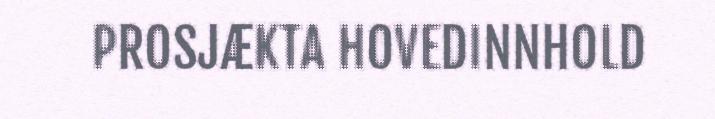
PROSJÆKTA HOVEDINNHOLD